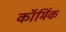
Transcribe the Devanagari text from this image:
कॉर्मिक